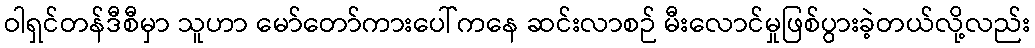
ဝါရှင်တန်ဒီစီမှာ သူဟာ မော်တော်ကားပေါ်ကနေ ဆင်းလာစဉ် မီးလောင်မှုဖြစ်ပွားခဲ့တယ်လို့လည်း